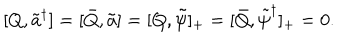
[ Q , \tilde { a } ^ { \dagger } ] = [ \bar { Q } , \tilde { a } ] = [ Q , \tilde { \psi } ] _ { + } = [ \bar { Q } , \tilde { \psi } ^ { \dagger } ] _ { + } = 0 .